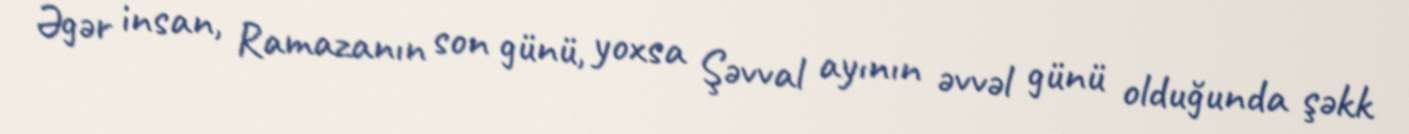
Əgər insan, Ramazanın son günü, yoxsa Şəvval ayının əvvəl günü olduğunda şəkk